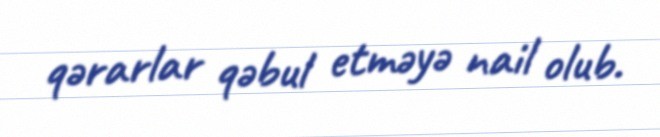
qərarlar qəbul etməyə nail olub.